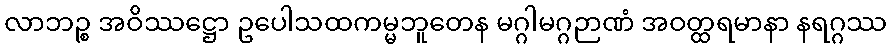
လာဘဉ္စ အဝိဿဋ္ဌော ဥပေါသထကမ္မဘူတေန မဂ္ဂါမဂ္ဂဉာဏံ အဝတ္ထရမာနာ နရဂ္ဂဿ